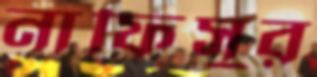
নাফিসুর